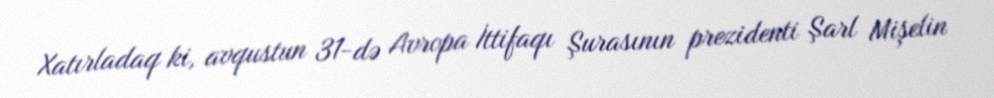
Xatırladaq ki, avqustun 31-də Avropa İttifaqı Şurasının prezidenti Şarl Mişelin